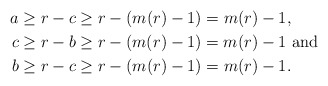
\begin{align*}a&\geq r-c\geq r-(m(r)-1)=m(r)-1, \\c&\geq r-b\geq r-(m(r)-1)=m(r)-1\textnormal{ and }\\b&\geq r-c\geq r-(m(r)-1)=m(r)-1.\end{align*}